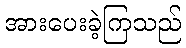
အားပေးခဲ့ကြသည်